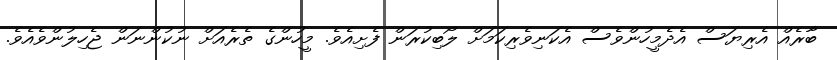
ބާރެއް އެރިޔަސް އެދެމީހުންވެސް އެކަނިވެރިކަމަށް ލޯބިކުރަން ފެށިއެވެ. މީހުންގެ ތެރެއަށް ނުކުންނަން ޖެހިލުންވެއެވެ.